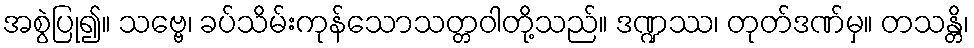
အစွဲပြု၍။ သဗ္ဗေ၊ ခပ်သိမ်းကုန်သောသတ္တဝါတို့သည်။ ဒဏ္ဍဿ၊ တုတ်ဒဏ်မှ။ တသန္တိ၊